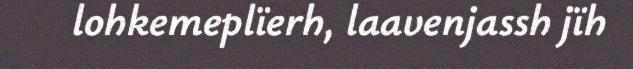
lohkemeplïerh, laavenjassh jïh